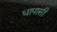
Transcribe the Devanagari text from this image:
धापासी